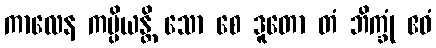
ကာလေန ကပ္ပိယန္တိ သော စေ ဒူတော တံ ဘိက္ခုံ ဧဝံ